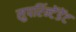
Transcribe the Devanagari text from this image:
सुपरिंन्टेंडेंट